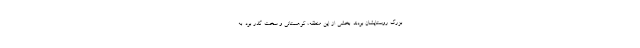
بزرگ روستایشان بودند. بخشی از این منطقه، کوهستانی و سخت گذر بود. به